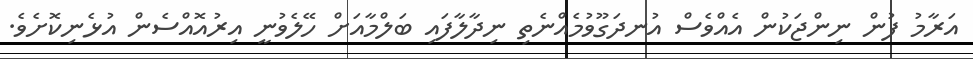
އަރާމު ފުން ނިންޖަކުން އެއްވެސް އުނދަގޫވުމެއްނެތި ނިދާލާފައި ބަލްމާއަށް ހޭލެވުނީ އިރުއޮއްސެން އުޅެނިކޮށެވެ.